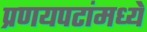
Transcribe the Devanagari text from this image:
प्रणयपटांमध्ये